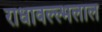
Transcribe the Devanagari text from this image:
राधावल्ल्भलाल